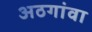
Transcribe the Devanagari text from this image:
अठगांवा